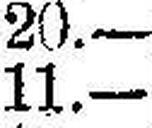
11.—